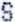
S